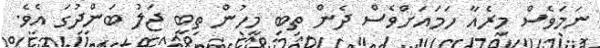
ނަމަވެސް މިރެއާ ހަަމައަށްވެސް ދެން ތިބި މީހުން ތިބީ ޖަލު ބަންދުގަ އެވެ.